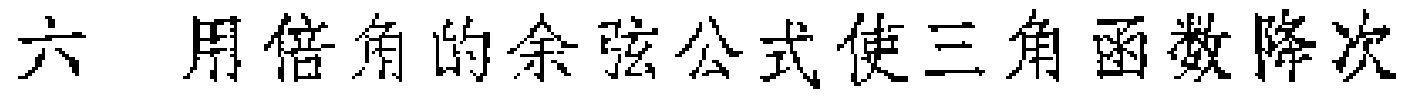
六 用倍角的余弦公式使三角函数降次